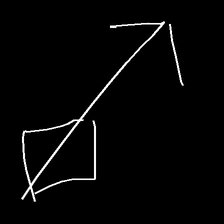
Glyph: focus